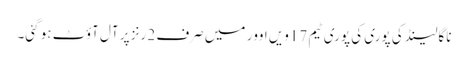
ناگالینڈ کی پوری کی پوری ٹیم 17ویں اوور میں صرف 2 رنز پر آل آؤٹ ہو گئی۔